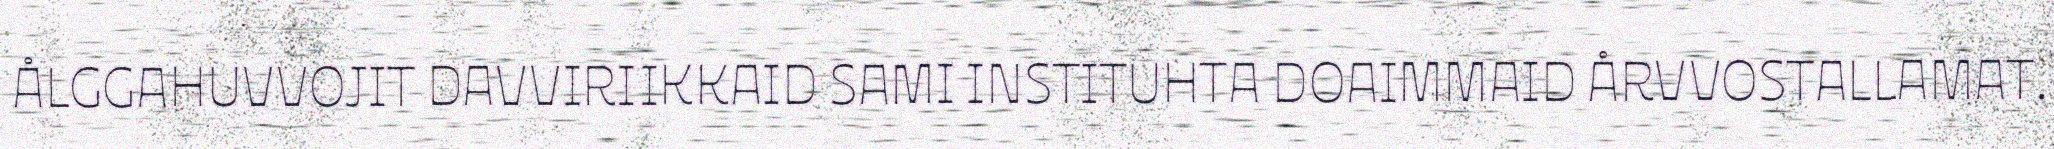
ÅLGGAHUVVOJIT DAVVIRIIKKAID SAMI INSTITUHTA DOAIMMAID ÅRVVOSTALLAMAT.